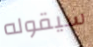
سيقوله